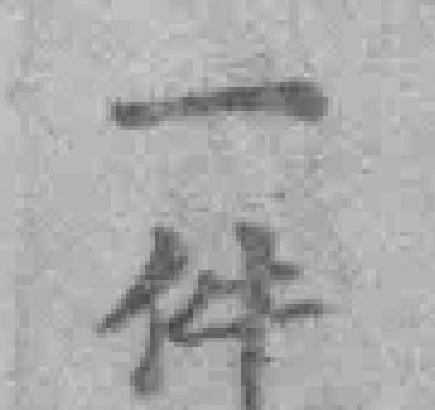
一件